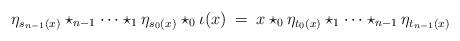
LaTeX: \begin{align*}\eta_{s_{n-1}(x)} \star_{n-1} \cdots \star_1 \eta_{s_0(x)} \star_0 \iota(x)\:=\:x \star_0 \eta_{t_0(x)} \star_1 \cdots \star_{n-1} \eta_{t_{n-1}(x)}\end{align*}